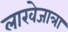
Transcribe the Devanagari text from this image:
लाखेजात्रा